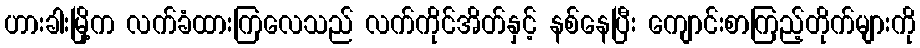
ဟားခါးမြို့က လက်ခံထားကြလေသည် လက်ကိုင်အိတ်နှင့် နစ်နေပြီး ကျောင်းစာကြည့်တိုက်များကို